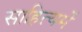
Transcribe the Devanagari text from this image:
साहित्यमें